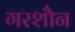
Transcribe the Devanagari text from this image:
गरशौन